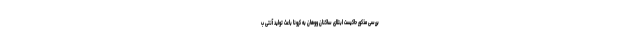
بررسی مذکور حاکیست ابتلای ساکنان ووهان به کرونا باعث تولید آنتی ب